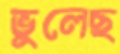
ভুলেছ